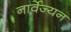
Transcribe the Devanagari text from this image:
नार्वेज्यन